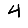
Digit: 4